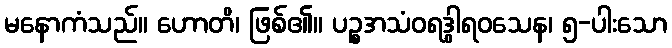
မနောကံသည်။ ဟောတိ၊ ဖြစ်၏။ ပဉ္စအသံဝရဒွါရဝသေန၊ ၅-ပါးသော